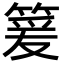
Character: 䈠